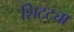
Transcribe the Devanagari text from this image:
शिट्ट्या